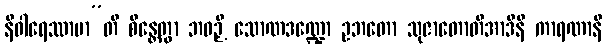
နိဝါရေဿာမာ”တိ စိန္တေတွာ ဘဝဉှိ သောဏဒဏ္ဍော ဥဘတော သုဇာတောတိအာဒီနိ ကာရဏာနိ